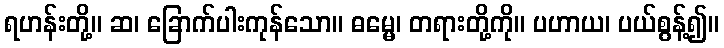
ရဟန်းတို့။ ဆ၊ ခြောက်ပါးကုန်သော။ ဓမ္မေ၊ တရားတို့ကို။ ပဟာယ၊ ပယ်စွန့်၍။